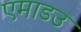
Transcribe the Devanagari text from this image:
एमाडउ